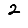
Digit: 2